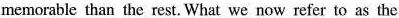
memorable than the rest. What we now refer to as the